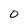
Character: 0